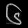
Digit: ၆